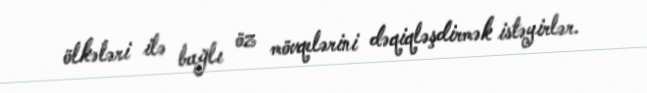
ölkələri ilə bağlı öz mövqelərini dəqiqləşdirmək istəyirlər.